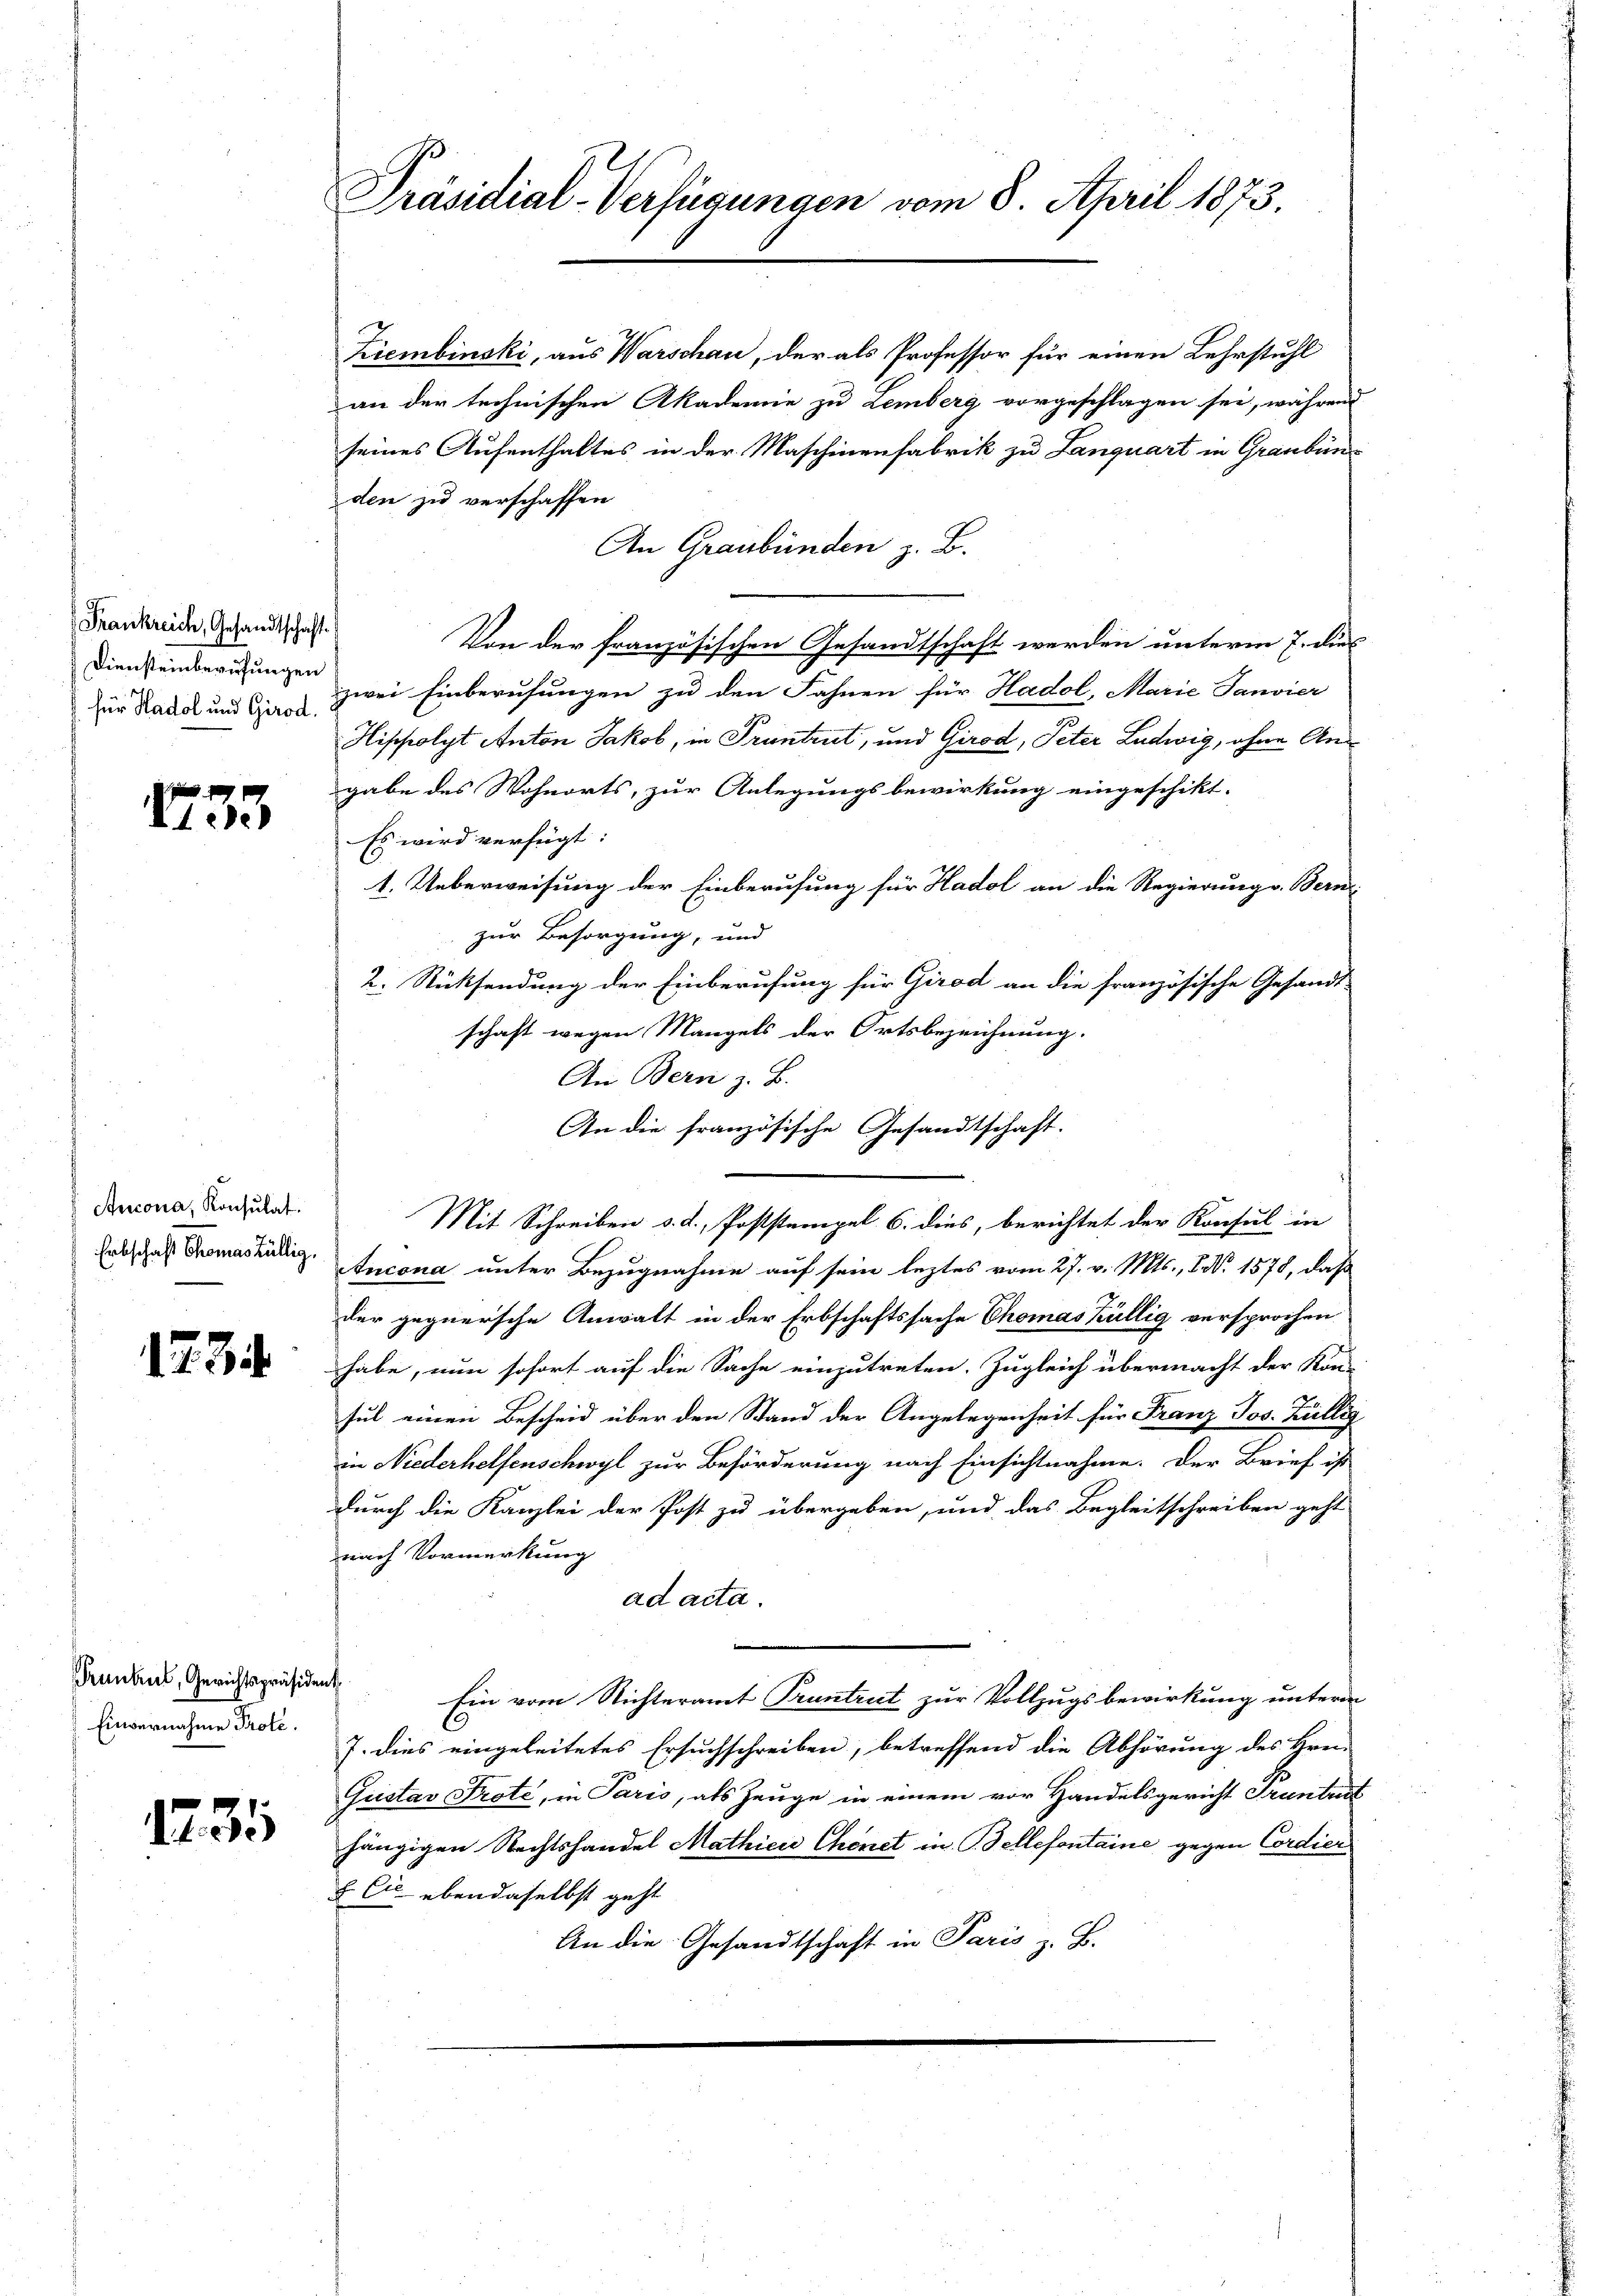
Frankreich, Gesandtschaft
Diensteinberufungen
für Hadol und Girod.

133

Ancona, Konsulat
Erbschaft Thomas Züllig,

1734

Prunkel, Gerichtspräside
 Einvernahme Prote.

1735

Präsidial-Verfügungen vom 8. April 1873.

Kiembinski, aus Warschau, der als Professor für einen Lehrstuhl
an der technischen Akademie zu Lemberg vorgeschlagen sei, während
seines Aufenthaltes in der Maschinenfabrik zu Lanquart in Graubünden zu verschaffen
An Graubünden z. B.
Von der französischen Gesandtschaft werden unterm 7. dies
zwei Einberufungen zu den Fahnen für Hadol, Marie Tanvier
Hippolyt Anton Jakob, in Pruntrut, und Girod, Peter Ludwig, ohne Angabe des Wohnorts, zur Anlegungsbewirkung eingeschikt.
Es wird verfügt:
1. Ueberweisung der Einberufung für Hadol an die Regierung v. Bern
zur Besorgung, und
2. Rücksendung der Einberufung für Girod an die französische Gesandt-
schaft wegen Mangels der Ortsbezeichnung.
An Bern z. B.
An die französische Gesandtschaft.
Mit Schreiben d. d. Poststempel 6. dies, berichtet der Konsul in
Ancona unter Bezugnahme auf sein leztes vom 27. v. Mts., N. 1578, daß
der gegnersche Anwalt in der Erbschaftssache Chomas Küllig versprochen
habe, nun sofort auf die Sache einzutreten. Zugleich übermacht der Kon-
sul einen Bescheid über den Stand der Angelegenheit für Franz Jos. Züllig
in Niederhelfenschwyl zur Beförderung nach Einsichtnahme. Der Brief ist
durch die Kanzlei der Post zu übergeben, und das Begleitschreiben geht
nach Vormerkung
ad acta.
de Ein vom Richteramt Pruntrut zur Vollzugsbewirkung unterm
J. dies eingeleitetes Ersuchschreiben, betreffend die Abhörung des Hrei-
Gustav Prote, in Paris, als Zeuge in einem vor Handelsgericht Frantrit
hängigen Rechtshandel Mathici Chenet in Bellefontaine gegen Cordien
& Cie ebendaselbst geht
An die Gesandtschaft in Paris z. B.